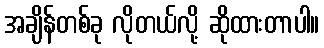
အချိန်တစ်ခု လိုတယ်လို့ ဆိုထားတာပါ။